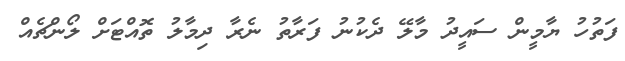
ފަތުހު ޔާމީން ސައީދު މާލޭ ދެކުނު ފަރާތު ނެރާ ދިމާލު ތޮއްޓަށް ލޯންޗެއް